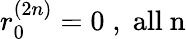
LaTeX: r_{0}^{(2n)}=0\; ,\; \mathrm{all~n}